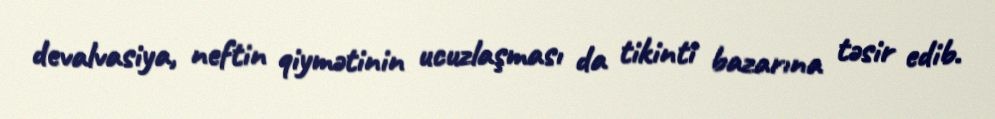
devalvasiya, neftin qiymətinin ucuzlaşması da tikinti bazarına təsir edib.